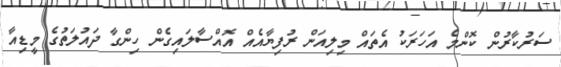
ސަރުކާރުން ކޮންމެ އަހަރަކު އެތައް މިލިއަން ރުފިޔާއެއް އޮއްސާލައިގެން ހިންގާ ދައުލަތުގެ މީޑިއާ